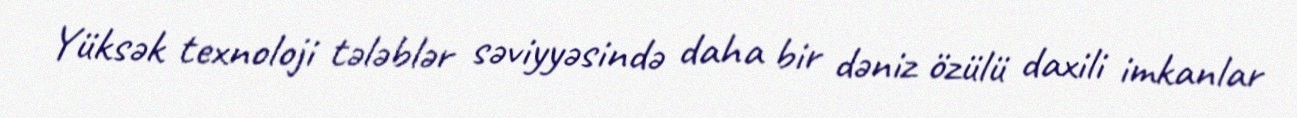
Yüksək texnoloji tələblər səviyyəsində daha bir dəniz özülü daxili imkanlar